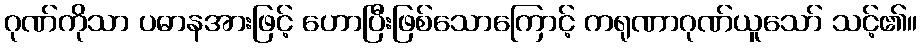
ဂုဏ်ကိုသာ ပဓာနအားဖြင့် ဟောပြီးဖြစ်သောကြောင့် ကရုဏာဂုဏ်ယူသော် သင့်၏။